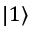
| 1 \rangle